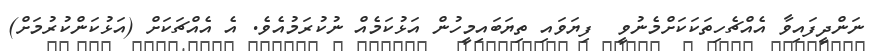
ނަންދީފައިވާ އެއްޗެހިތަކަކަށްމެނުވީ  ފިޔަވައި ތިޔަބައިމީހުން އަޅުކަމެއް ނުކުރަމުއެވެ. އެ އެއްޗަކަށް (އަޅުކަންކުރުމަށް)